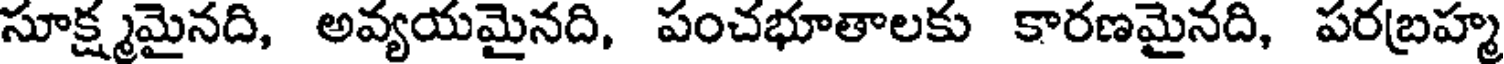
సూక్ష్మమైనది, అవ్యయమైనది, పంచభూతాలకు కారణమైనది, పరబ్రహ్మ